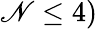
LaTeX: \mathscr{N}\leq4)